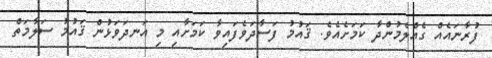
ފުރާނައެއް ގެއްލެމުންދާ ކަމަށެއެވެ. ޤައުމު ފަސާދަވެފައިވާ ކަމަށާއި މި އަނދަވަޅުން ޤައުމު ސަލާމަތް